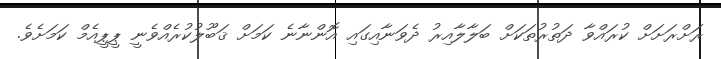
ރަށްރަށަށް ކުރައްވާ ދަތުރުތަކަށް ބަލާލާއިރު ދެވަނާއިގައި އޮންނާނެ ކަމަށް ޤަބޫލުކުރެއްވެނީ ޕީޕީއެމް ކަމަށެވެ.